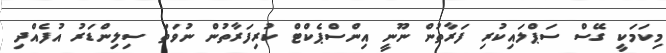
މިކަމަކީ ގޭސް ސަޕްލައިކުރި ފަރާތުން ނޫނީ އިންސްޕެކްޓް ކުރިފަރާތުން ނުވަތަ ސިލިންޑަރު އުފެއްދި